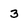
Character: 3